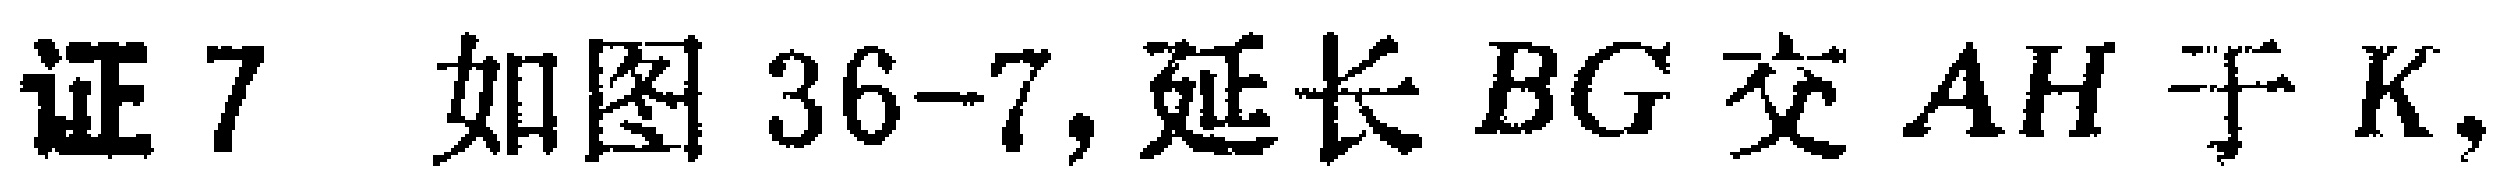
证7 如图36-7, 延长 \(BG\) 交 \(AH\) 于 \(K\),